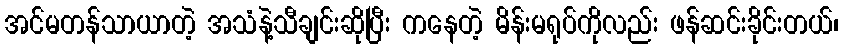
အင်မတန်သာယာတဲ့ အသံနဲ့သီချင်းဆိုပြီး ကနေတဲ့ မိန်းမရုပ်ကိုလည်း ဖန်ဆင်းခိုင်းတယ်၊